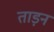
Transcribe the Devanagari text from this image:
ताड़न